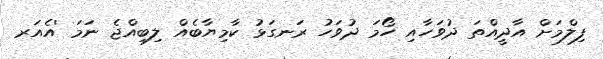
ފިލްމަށް އާދީއްތަ ދުވަހާއި ހޯމަ ދުވަހު ރަނގަޅު ކާމިޔާބެއް ލިބިއްޖެ ނަމަ 'އެއަރ